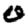
Digit: 0